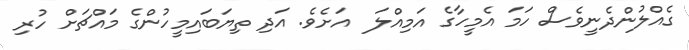
ގެއްލުންދެނީވެސް ހަމަ އެމީހާގެ އަމިއްލަ  އަށެވެ. އަދި ތިޔަބައިމީހުންގެ މައްޗަށް ހުރި